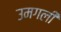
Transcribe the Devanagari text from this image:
उमगली